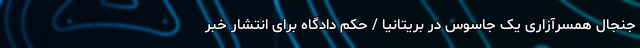
جنجال همسرآزاری یک جاسوس در بریتانیا / حکم دادگاه برای انتشار خبر